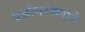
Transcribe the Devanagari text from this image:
प्रश्नोत्तररूपाने